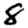
Digit: 8